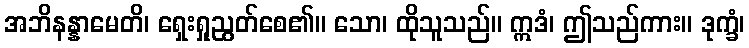
အဘိနန္နာမေတိ၊ ရှေးရှုညွတ်စေ၏။ သော၊ ထိုသူသည်။ ဣဒံ၊ ဤသည်ကား။ ဒုက္ခံ၊